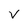
Character: v